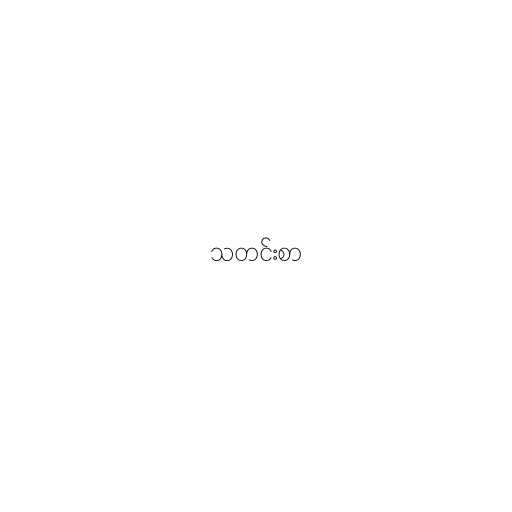
သတင်းစာ